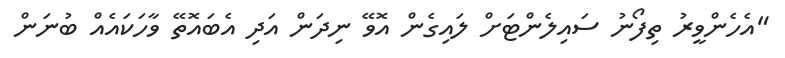
"އެހެންވީރު ތިފޯނު ސައިލެންޓަށް ލައިގެން އޮވޭ ނިދަން އަދި އެބައޮތޭ ވާހަކައެއް ބުނަން